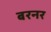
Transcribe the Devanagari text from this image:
बरनर